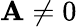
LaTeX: \mathbf{A}\neq0